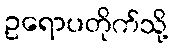
ဥရောပတိုက်သို့